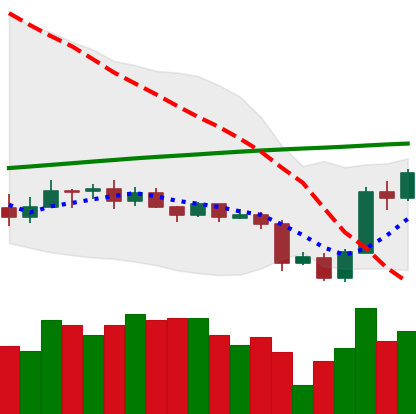
Ticker: ADA-USD
Chart end date: 2020-09-27
Forward return: -8.26%
Label: down_7plus